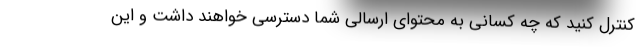
کنترل کنید که چه کسانی به محتوای ارسالی شما دسترسی خواهند داشت و این